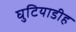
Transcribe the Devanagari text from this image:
घुटियाडीह